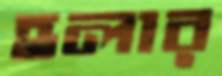
হলার